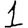
Digit: 1